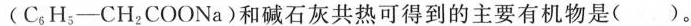
(C_{6}H_{5}-CH_{1}COONa)和碱石灰共热可得到的主要有机物是( )。